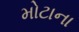
મોટાના